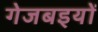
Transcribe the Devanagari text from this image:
गेजबइयों